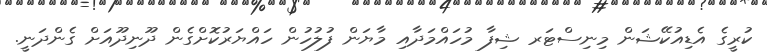
ކުރީގެ އެޑިއުކޭޝަން މިނިސްޓަރ ޝިފާ މުހައްމަދާއި މާޔަން ފުލުހުން ހައްޔަރުކޮށްގެން ދޫނިދޫއަށް ގެންދަނީ.